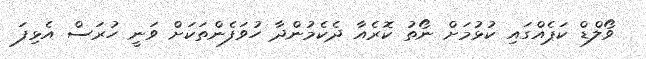
ވޯލްޑް ކަޕެއްގައި ކުޅުމަށް ނޯތު ކޮރެއާ ދެކެމުންދާ ހުވަފެންތަކަށް ވަނީ ހުރަސް އެޅިފަ